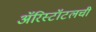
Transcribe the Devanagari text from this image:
अॅरिस्टॉटलची